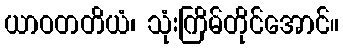
ယာဝတတိယံ၊ သုံးကြိမ်တိုင်အောင်။